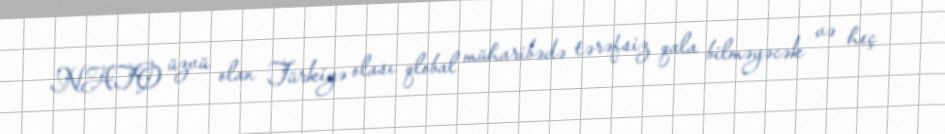
NATO üzvü olan Türkiyə olası qlobal müharibədə tərəfsiz qala bilməyəcək və heç